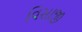
વિસાજી